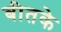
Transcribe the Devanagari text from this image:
बीतके